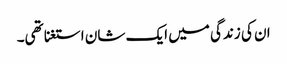
ان کی زندگی میں ایک شان استغنا تھی۔